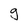
Character: g